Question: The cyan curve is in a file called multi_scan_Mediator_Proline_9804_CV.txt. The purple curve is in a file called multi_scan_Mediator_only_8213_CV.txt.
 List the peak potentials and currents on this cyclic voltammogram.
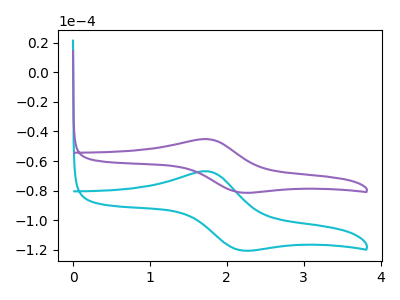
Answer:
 <answer>The cyan curve "Mediator + Proline" has an anodic peak at (1.75V, -66.95uA) and a cathodic peak at (2.20V, -120.35uA). The purple curve "Mediator + only" has an anodic peak at (1.75V, -45.20uA) and a cathodic peak at (2.20V, -81.25uA).</answer>
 <eval></eval>